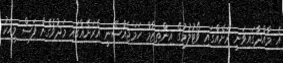
އެ މާއްދާގައިވަނީ ރަށެއްގައި ވޯޓުލުމުގެ އިންތިޒާމް ހަމަޖެއްސޭނީ އެރަށެއްގައި މަދުވެގެން ފަސް މީހަކު